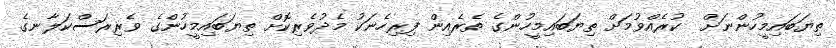
ތިޔަބައިމީހުންނަށް  ކުރެއްވުމަށް ތިޔަބައިމީހުންގެ ތެރެއިން ފިރިހެނަކު މެދުވެރިކޮށް ތިޔަބައިމީހުންގެ ވެރިރަސްކަލާނގެ